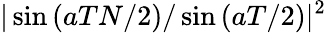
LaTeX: |\sin{(aTN/2)}/\sin{(aT/2)}|^{2}